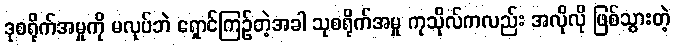
ဒုစရိုက်အမှုကို မလုပ်ဘဲ ရှောင်ကြဉ်တဲ့အခါ သုစရိုက်အမှု ကုသိုလ်ကလည်း အလိုလို ဖြစ်သွားတဲ့